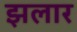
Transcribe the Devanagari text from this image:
झलार